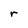
Character: r